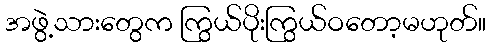
အဖွဲ့သားတွေက ကြွယ်ပိုးကြွယ်ဝတော့မဟုတ်။